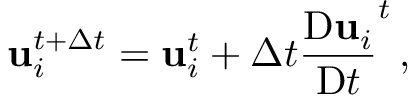
\mathbf { u } _ { i } ^ { t + \Delta t } = \mathbf { u } _ { i } ^ { t } + \Delta t \frac { \mathrm { D } \mathbf { u } _ { i } } { \mathrm { D } t } ^ { t } \, ,